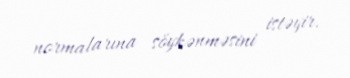
normalarına söykənməsini istəyir.